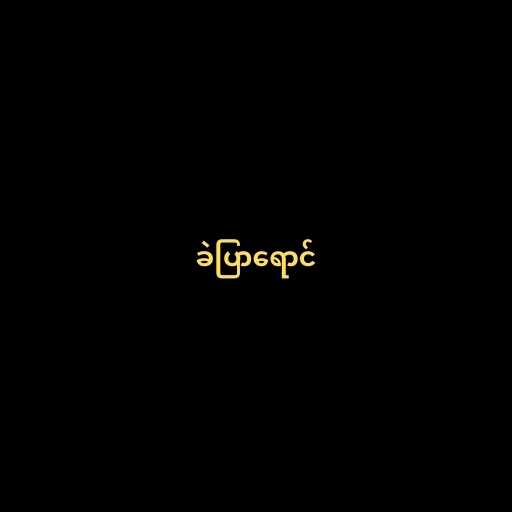
ခဲပြာရောင်